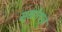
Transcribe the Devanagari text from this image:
मुखोत्पन्न